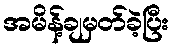
အမိန့်ချမှတ်ခဲ့ပြီး